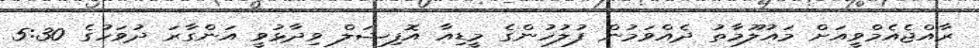
ރާއްޖެއެމްވީއަށް މައުލޫމާތު ދެއްވަމުން ފުލުހުންގެ މީޑިއާ އޮފިޝަލް ވިދާޅުވީ އަންގާރަ ދުވަހުގެ 5:30